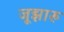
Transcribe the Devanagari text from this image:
जूझारु